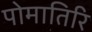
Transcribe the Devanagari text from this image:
पोमातिरि